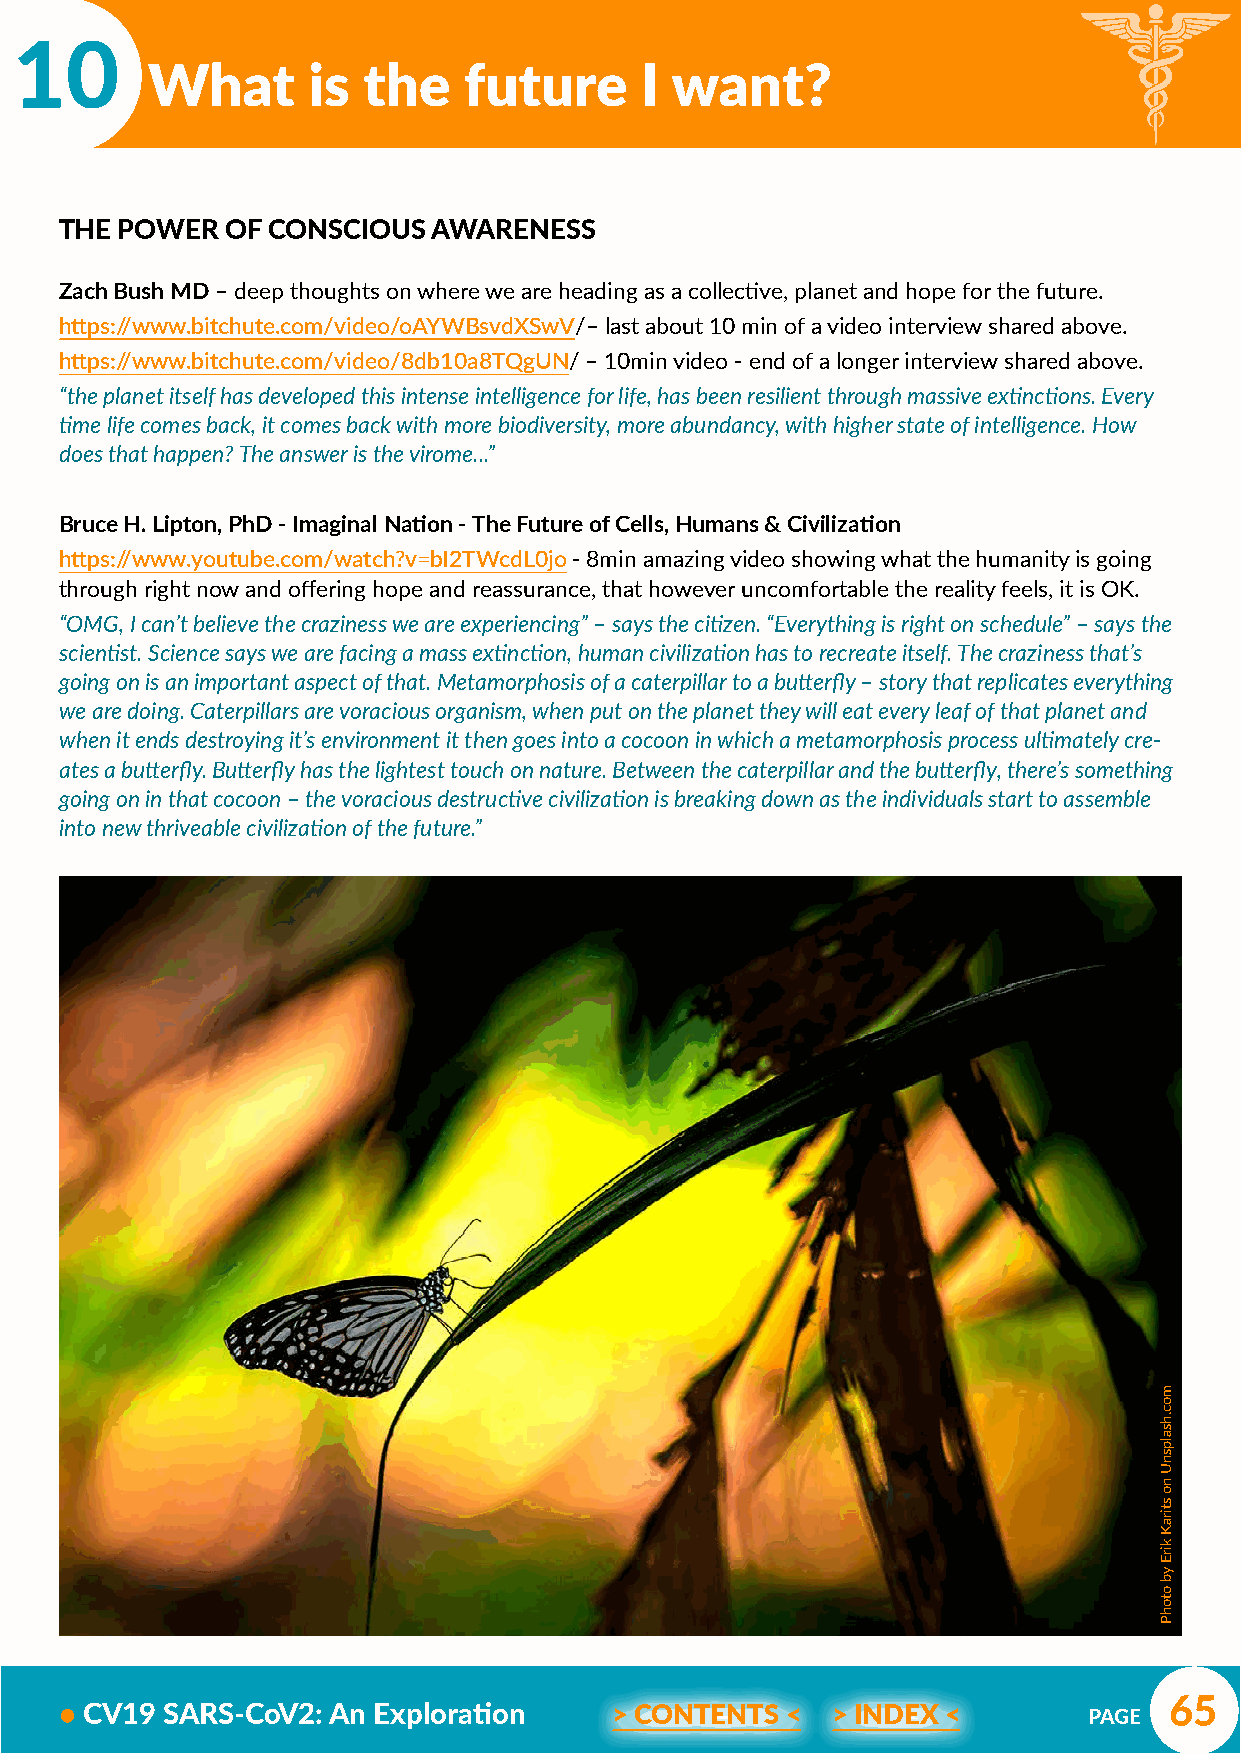
10
 What      is  the    future     I want?
 THE POWER  OF CONSCIOUS  AWARENESS
 Zach Bush MD – deep thoughts on where we are heading as a collective, planet and hope for the future.
 https://www.bitchute.com/video/oAYWBsvdXSwV/– last about 10 min of a video interview shared above.
 https://www.bitchute.com/video/8db10a8TQgUN/ – 10min video - end of a longer interview shared above.
 “the planet itself has developed this intense intelligence for life, has been resilient through massive extinctions. Every
 time life comes back, it comes back with more biodiversity, more abundancy, with higher state of intelligence. How
 does that happen? The answer is the virome...”
 Bruce H. Lipton, PhD - Imaginal Nation - The Future of Cells, Humans & Civilization
 https://www.youtube.com/watch?v=bI2TWcdL0jo - 8min amazing video showing what the humanity is going
 through right now and offering hope and reassurance, that however uncomfortable the reality feels, it is OK.
 “OMG, I can’t believe the craziness we are experiencing” – says the citizen. “Everything is right on schedule” – says the
 scientist. Science says we are facing a mass extinction, human civilization has to recreate itself. The craziness that’s
 going on is an important aspect of that. Metamorphosis of a caterpillar to a butterfly – story that replicates everything
 we are doing. Caterpillars are voracious organism, when put on the planet they will eat every leaf of that planet and
 when it ends destroying it’s environment it then goes into a cocoon in which a metamorphosis process ultimately cre-
 ates a butterfly. Butterfly has the lightest touch on nature. Between the caterpillar and the butterfly, there’s something
 going on in that cocoon – the voracious destructive civilization is breaking down as the individuals start to assemble
 into new thriveable civilization of the future.”
 65
 • CV19 SARS-CoV2: An Exploration     > CONTENTS <  > INDEX <        PAGE
 moc.hsalpsnU
 no
 stiraK
 kirE
 yb
 otohP